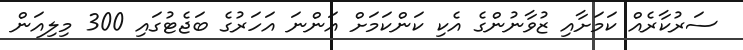
ސަރުކާރެއް ކަމަށާއި ޒުވާނުންގެ އެކި ކަންކަމަށް އަންނަ އަހަރުގެ ބަޖެޓުގައި 300 މިލިއަން